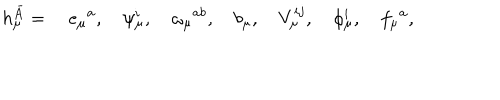
h _ { \mu } ^ { \bar { A } } = \quad e _ { \mu } { } ^ { a } , \quad \psi _ { \mu } ^ { i } , \quad \omega _ { \mu } { } ^ { a b } , \quad b _ { \mu } , \quad V _ { \mu } ^ { i j } , \quad \phi _ { \mu } ^ { i } , \quad f _ { \mu } { } ^ { a } ,